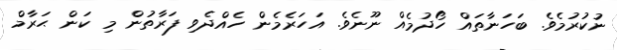
ނުކުރުމެވެ. ބަހަނާތައް ހޯދުމެއް ނޫނެވެ. އަހަރެމެން ހެއްދެވި ފަރާތުން މި ކަން ޙަރާމް